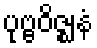
ပုဗ္ဗဝိဇ္ဈနံ